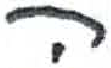
אות: ה